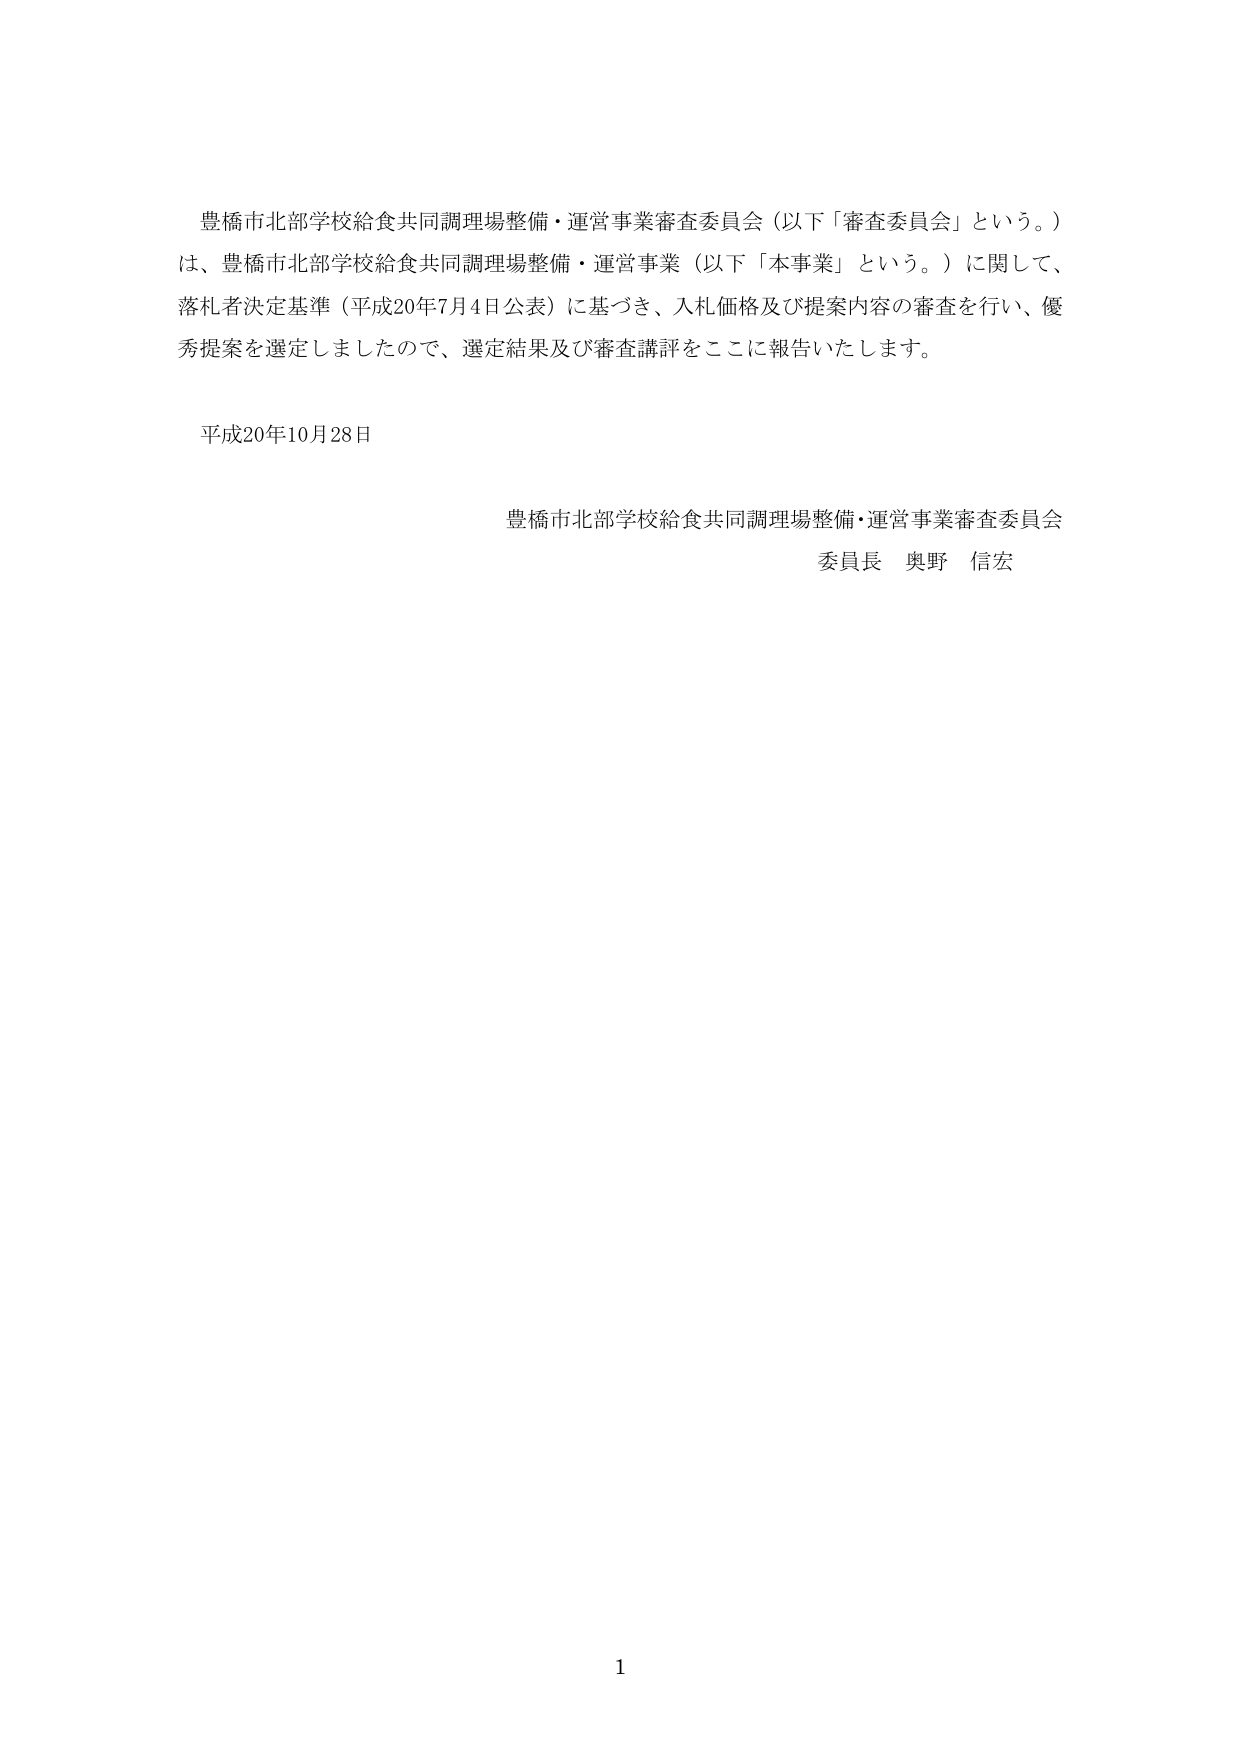
豊橋市北部学校給食共同調理場整備・運営事業審査委員会（以下「審査委員会」という。）
は、豊橋市北部学校給食共同調理場整備・運営事業（以下「本事業」という。）に関して、
落札者決定基準（平成20年7月4日公表）に基づき、入札価格及び提案内容の審査を行い、優
秀提案を選定しましたので、選定結果及び審査講評をここに報告いたします。

平成20年10月28日

豊橋市北部学校給食共同調理場整備・運営事業審査委員会
委員長 奥野 信宏

1